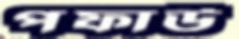
পফাউ